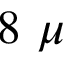
8 ~ \mu